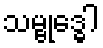
သမ္ဗုဒ္ဓေါ